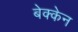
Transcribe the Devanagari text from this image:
बेक्केन